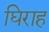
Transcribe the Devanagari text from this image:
घिराह